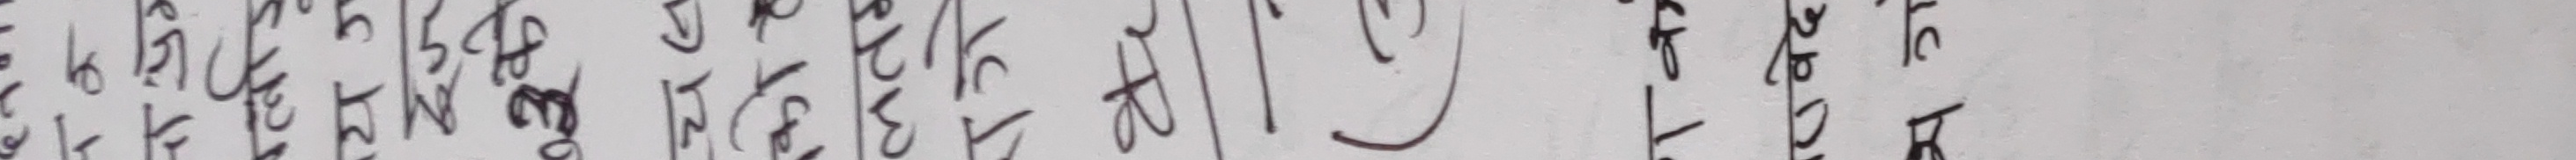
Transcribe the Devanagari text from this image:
होईन र?